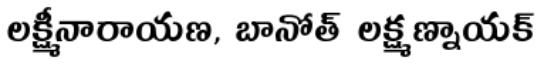
లక్ష్మీనారాయణ, బానోత్ లక్ష్మణ్నాయక్